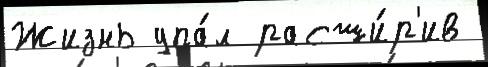
Жизнь упа́л расши́р'ив